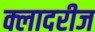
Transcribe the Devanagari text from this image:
क्लादरीज